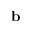
{ \bf b }